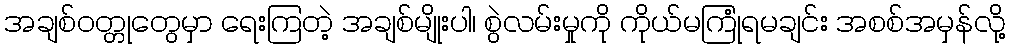
အချစ်ဝတ္တုတွေမှာ ရေးကြတဲ့ အချစ်မျိုးပါ၊ စွဲလမ်းမှုကို ကိုယ်မကြုံရမချင်း အစစ်အမှန်လို့